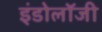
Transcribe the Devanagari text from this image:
इंडोलॉजी